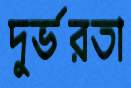
দুর্ভরতা